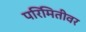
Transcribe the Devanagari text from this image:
परिमितीवर